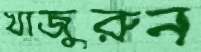
খাজুরুন